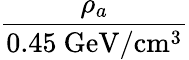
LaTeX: \frac{\rho_{a}}{\textrm{0.45~GeV}/\textrm{cm}^{3}}